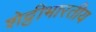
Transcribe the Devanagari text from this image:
शेट्टीभारतीय